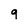
Character: 9